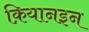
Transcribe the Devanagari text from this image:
क़ियानइन